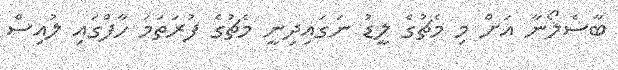
ބާސެލޯނާ އަށް މި މެޗުގެ ލީޑު ނަގައިދިނީ މެޗުގެ ފުރަތަމަ ހާފްގައި ލުއިސް